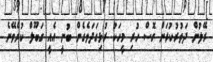
ރޭލުން ދަތުރުކުރަން ގޮސް ހުރި މީހަކު ރުޅިގަދަވެގެން ބުނީ އެއީ ގަބޫލް ކުރެވޭނެ